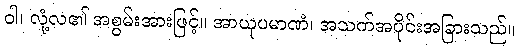
ဝါ၊ လုံ့လ၏ အစွမ်းအားဖြင့်။ အာယုပမာဏံ၊ အသက်အပိုင်းအခြားသည်။